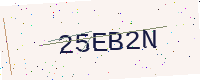
Text: 25EB2N